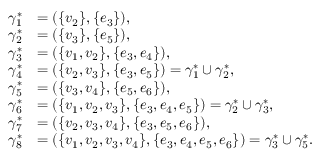
\begin{array} { r l } { \gamma _ { 1 } ^ { \ast } } & { = ( \{ v _ { 2 } \} , \{ e _ { 3 } \} ) , } \\ { \gamma _ { 2 } ^ { \ast } } & { = ( \{ v _ { 3 } \} , \{ e _ { 5 } \} ) , } \\ { \gamma _ { 3 } ^ { \ast } } & { = ( \{ v _ { 1 } , v _ { 2 } \} , \{ e _ { 3 } , e _ { 4 } \} ) , } \\ { \gamma _ { 4 } ^ { \ast } } & { = ( \{ v _ { 2 } , v _ { 3 } \} , \{ e _ { 3 } , e _ { 5 } \} ) = \gamma _ { 1 } ^ { \ast } \cup \gamma _ { 2 } ^ { \ast } , } \\ { \gamma _ { 5 } ^ { \ast } } & { = ( \{ v _ { 3 } , v _ { 4 } \} , \{ e _ { 5 } , e _ { 6 } \} ) , } \\ { \gamma _ { 6 } ^ { \ast } } & { = ( \{ v _ { 1 } , v _ { 2 } , v _ { 3 } \} , \{ e _ { 3 } , e _ { 4 } , e _ { 5 } \} ) = \gamma _ { 2 } ^ { \ast } \cup \gamma _ { 3 } ^ { \ast } , } \\ { \gamma _ { 7 } ^ { \ast } } & { = ( \{ v _ { 2 } , v _ { 3 } , v _ { 4 } \} , \{ e _ { 3 } , e _ { 5 } , e _ { 6 } \} ) , } \\ { \gamma _ { 8 } ^ { \ast } } & { = ( \{ v _ { 1 } , v _ { 2 } , v _ { 3 } , v _ { 4 } \} , \{ e _ { 3 } , e _ { 4 } , e _ { 5 } , e _ { 6 } \} ) = \gamma _ { 3 } ^ { \ast } \cup \gamma _ { 5 } ^ { \ast } . } \end{array}